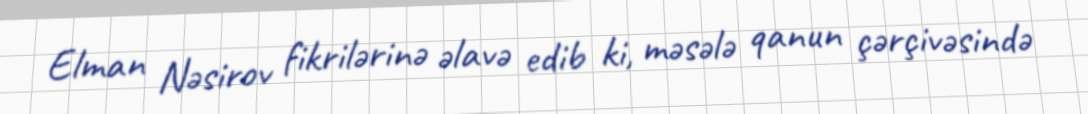
Elman Nəsirov fikrilərinə əlavə edib ki, məsələ qanun çərçivəsində